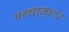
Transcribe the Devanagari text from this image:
पश्‍चात्‌४१२